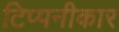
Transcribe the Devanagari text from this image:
टिप्पनीकार